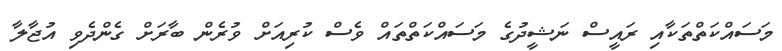
މަސައްކަތްތަކާއި ރައީސް ނަޝީދުގެ މަސައްކަތްތައް ވެސް ކުރިއަށް ވުރެން ބާރަށް ގެންދެވި އުޖާލާ